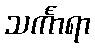
သင်္ကာရာ